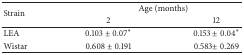
| <ROWSPAN=2> Strain | <COLSPAN=2> Age (months) |
 | 2 | 12 |
 | --- | --- | --- |
 | LEA | 0.103 ± 0.07* | 0.153 ± 0.04* |
 | Wistar | 0.608 ± 0.191 | 0.583± 0.269 |